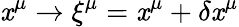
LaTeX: \mathit{x}^{\mu}\rightarrow\xi^{\mu}=\mathit{x}^{\mu}+\delta\mathit{x}^{\mu}